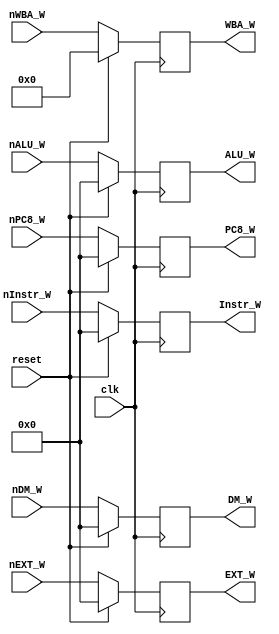
`timescale 1ns / 1ps
//////////////////////////////////////////////////////////////////////////////////
// Company: 
// Engineer: 
// 
// Design Name: 
// Module Name:    MW 
// Project Name: 
// Target Devices: 
// Tool versions: 
// Description: 
//
// Dependencies: 
//
// Revision: 
// Revision 0.01 - File Created
// Additional Comments: 
//
//////////////////////////////////////////////////////////////////////////////////
module mw(
	input clk,
	input reset,
	input [31:0] nInstr_W,
	input [31:0] nALU_W,
	input [31:0] nDM_W,
	input [31:0] nEXT_W,
	input [31:0] nPC8_W,
	input [4:0] nWBA_W,
	output reg [31:0] Instr_W,
	output reg [31:0] ALU_W,
	output reg [31:0] DM_W,
	output reg [31:0] EXT_W,
	output reg [31:0] PC8_W,
	output reg [4:0] WBA_W
    );
	
	initial begin
		Instr_W = 0;
		ALU_W = 0;
		DM_W = 0;
		EXT_W = 0;
		PC8_W = 0;
		WBA_W = 0;
	end
	
	always @(posedge clk) begin
		if (reset) begin
			Instr_W = 0;
			ALU_W = 0;
			DM_W = 0;
			EXT_W = 0;
			PC8_W = 0;
			WBA_W = 0;
		end
		else begin
			Instr_W = nInstr_W;
			ALU_W = nALU_W;
			DM_W = nDM_W;
			EXT_W = nEXT_W;
			PC8_W = nPC8_W;
			WBA_W = nWBA_W;
		end
	end

endmodule